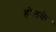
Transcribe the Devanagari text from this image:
होलके